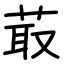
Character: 菆